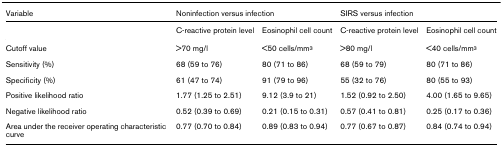
| Variable | <COLSPAN=2> Noninfection versus infection | <COLSPAN=2> SIRS versus infection |
 | --- | --- | --- | --- | --- |
 |  | C-reactive protein level | Eosinophil cell count | C-reactive protein level | Eosinophil cell count |
 | Cutoff value | >70 mg/l | <50 cells/mm3 | >80 mg/l | <40 cells/mm3 |
 | Sensitivity (%) | 68 (59 to 76) | 80 (71 to 86) | 68 (59 to 79) | 80 (71 to 86) |
 | Specificity (%) | 61 (47 to 74) | 91 (79 to 96) | 55 (32 to 76) | 80 (55 to 93) |
 | Positive likelihood ratio | 1.77 (1.25 to 2.51) | 9.12 (3.9 to 21) | 1.52 (0.92 to 2.50) | 4.00 (1.65 to 9.65) |
 | Negative likelihood ratio | 0.52 (0.39 to 0.69) | 0.21 (0.15 to 0.31) | 0.57 (0.41 to 0.81) | 0.25 (0.17 to 0.36) |
 | Area under the receiver operating characteristic curve | 0.77 (0.70 to 0.84) | 0.89 (0.83 to 0.94) | 0.77 (0.67 to 0.87) | 0.84 (0.74 to 0.94) |